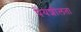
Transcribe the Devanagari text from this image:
पेयशीलता